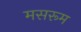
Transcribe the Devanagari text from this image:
मसरूम